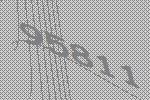
95811